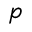
p